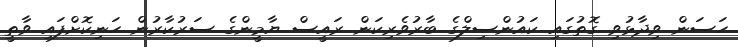
ހަސަން ވިދާޅުވި ގޮތުގައި ކައުންސިލްގެ ބާރުވެރިކަން ރައީސް ޔާމީންގެ ސަރުކާރުން ހަނިކޮށްފައި ވާތީ